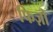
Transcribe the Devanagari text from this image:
फिज़ो